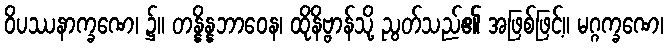
ဝိပဿနာက္ခဏေ၊ ၌။ တန္နိန္နဘာဝေန၊ ထိုနိဗ္ဗာန်သို့ ညွတ်သည်၏ အဖြစ်ဖြင့်။ မဂ္ဂက္ခဏေ၊